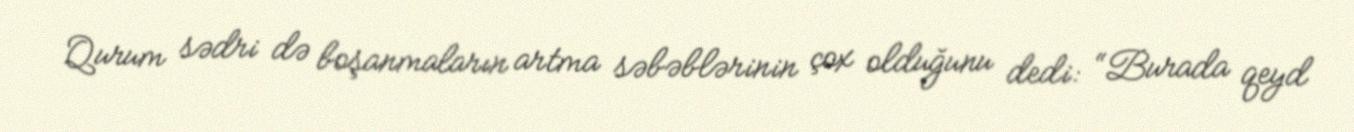
Qurum sədri də boşanmaların artma səbəblərinin çox olduğunu dedi: “Burada qeyd